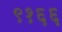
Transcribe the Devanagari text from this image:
९१६६